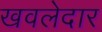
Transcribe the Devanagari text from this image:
खवलेदार